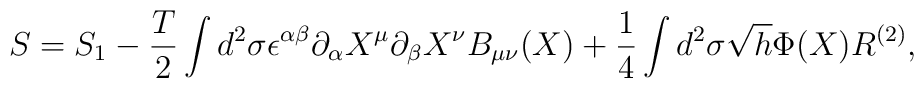
S=S_1 - \frac {T}{2} \int d^2\sigma \epsilon^{\alpha \beta}\partial_{\alpha} X^{\mu} \partial_{\beta} X^{\nu} B_{\mu \nu}(X)+ \frac {1}{4} \int d^2 \sigma \sqrt{h} \Phi(X) R^{(2)},